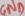
Text: GND